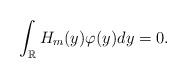
LaTeX: \begin{align*}\int_{\mathbb{R}}H_m(y)\varphi(y)dy=0.\end{align*}